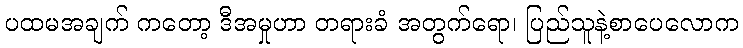
ပထမအချက် ကတော့ ဒီအမှုဟာ တရားခံ အတွက်ရော၊ ပြည်သူနဲ့စာပေလောက